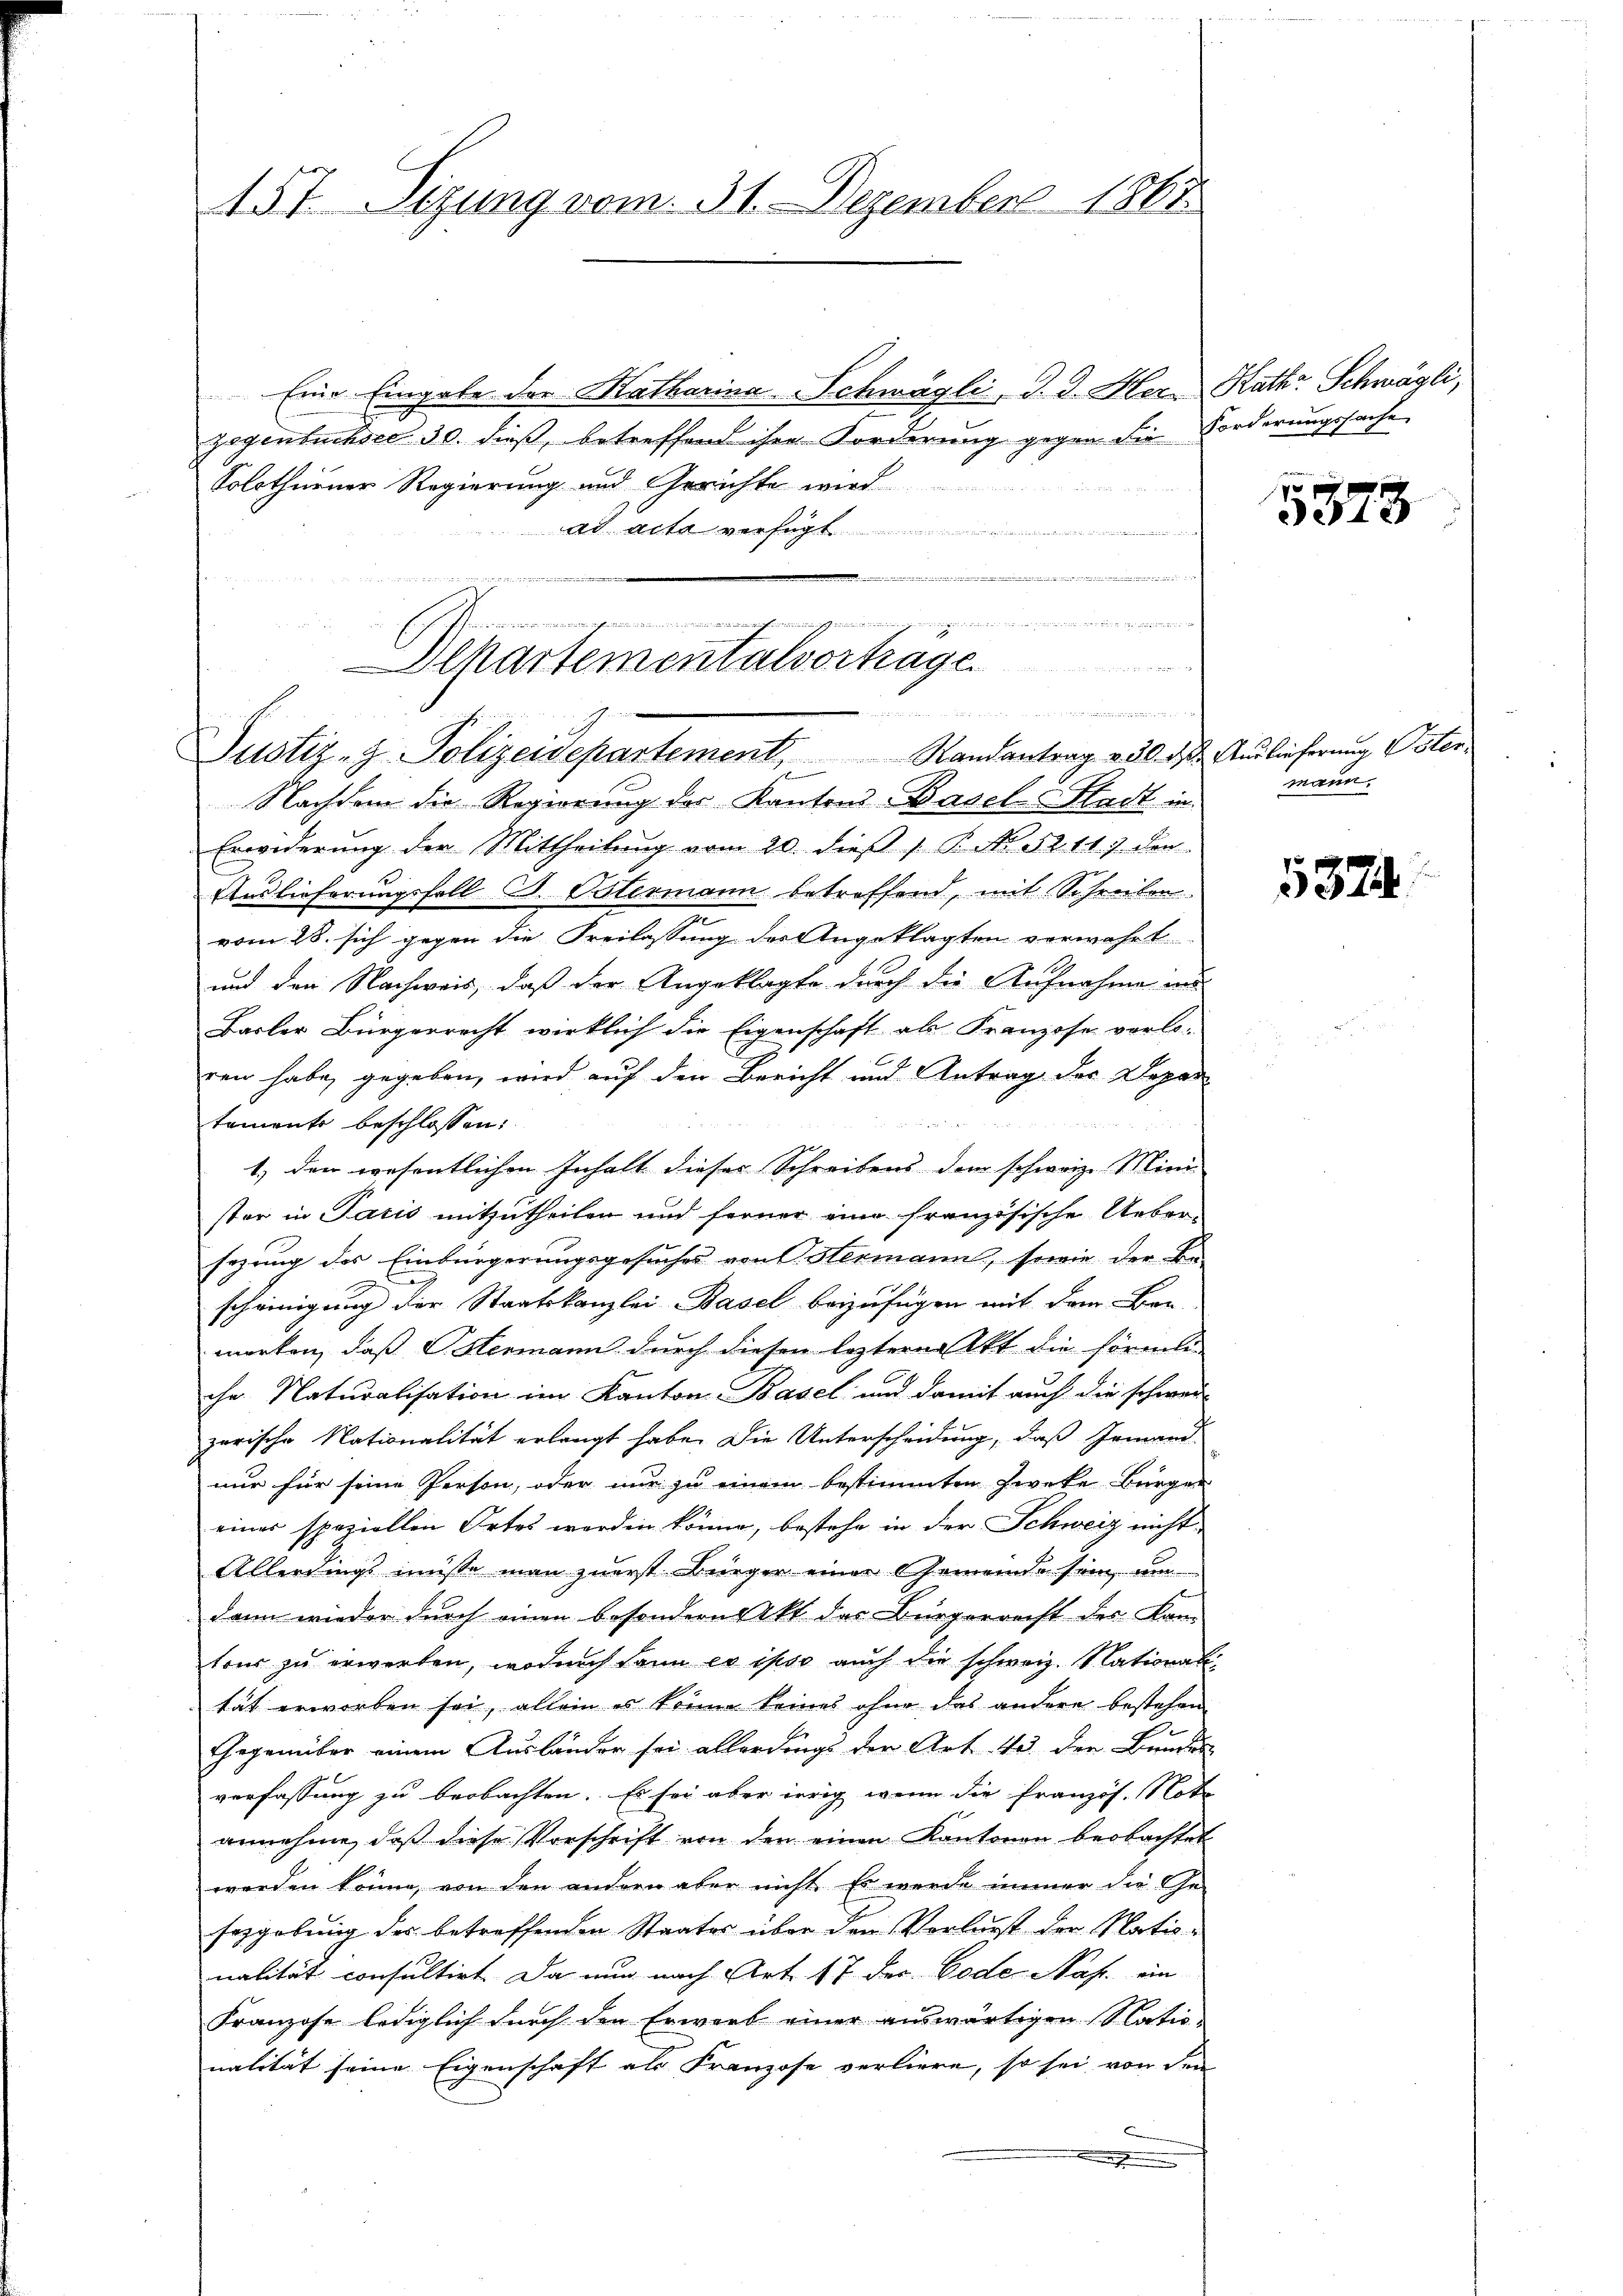
157. Sizung vom 31. Dezember 1861

Benen namende
Justiz- Polizeidepartement Randantrag v. 30. d. Auslieferung Oster
e

Eine Eingabe der Katharina Schwägli, J. J. Herr Kath. Schwägli,
gegenbuchsel 30. dieß, betreffend ihre Forderung gegen die Forderungssache
Solothurner Regierung und Gerichte wird
ad acta verfügt
e
un einer wie sich meinden in die dann und in den nicht ein meinden nicht und drei eine weitet werde, und er wieder eine, die leist der aus nicht de
Ilkartementalvortrage

Nachdem die Regierung des Kantons Basel-Stadt in
Erwiderung der Mittheilung vom 20. dieß P. No 52. 11. den
Auslieferungsfall S. Ostermann betreffend, mit Schreiben
vom 28. sich gegen die Freilassung des Angeklagten verwahrt
und den Nachweis, daß der Angeklagte durch die Aufnahme und
Basler Bürgerrecht wirklich die Eigenschaft als Franzose vorloren habe, gegeben, wird auf den Bericht und Antrag des Depar
temente beschlossen:
1.) den wesentlichen Inhalt dieser Schreibens dem schweiz. Mini
ster in Paris mitzutheilen und ferner eine französische Uebersezung des Einbürgerungsgesuches von Hermann, sowie der Be-
scheinigung der Staatskanzlei Basel beizufügen mit dem Bau-
merken, daß Hermann durch diesen lezterer Akt die förmli
che. Naturalisation im Kanton Basel und damit auch die schwei-
zerische Nationalität erlangt habe. Die Unterscheidung, daß Jemand-
nur für seine Person, oder nur zu einem bestimmten Zweke Bürger
eines speziellen Ortes worden könne, bestehe in der Schweiz nicht
Allerdings müsse man zuerst Bürger einer Gemeinde sein, um
dann wieder durch einen besondern Akt das Bürgerrecht des Kam-
tour zu erwerben, wodurch dann es ipso auch die schweiz. National-
tät erworben sei, allein es könne keines ohne das andere bestehen
Gegenüber einem Ausländer sei allerdings der Art. 43 der Bundes
verfassung zu beobachten. Es sei aber irrig wenn die Französ. Note
annehme, daß diese Vorschrift von den einen Kantonen beobachtet
werden könne, von den andern aber nicht. Es werde immer die Ge-
sezgebung der betreffenden Staates über dem Vorlurst der Nationalität consultirt. Da nun nach Art. 17 des Code Nafr. ein
Franzose lediglich durch den Erwarb einer auswärtigen Nationalität seine Eigenschaft als Franzose verliere, so sei von den
.

4

5373

mann.

5374.